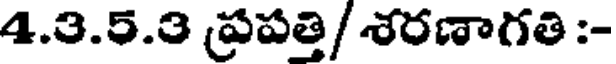
4.3.5.3 ప్రపత్తి/ శరణాగతి :-